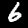
Label: 6